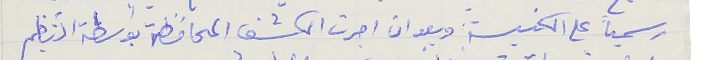
رسمياً على الكنيسة وبعد ان اجرت الكشف المحافظة بواسطة التنظيم